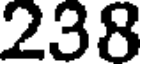
238